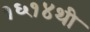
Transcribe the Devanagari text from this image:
१६१४थी